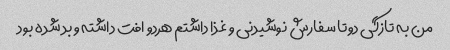
من به تازگی دوتا سفارش نوشیدنی و غذا داشتم هردو افت داشته و بد شده بود